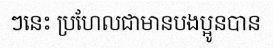
ៗនេះ ប្រហែលជាមានបងប្អូនបាន